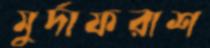
মুর্দাফরাশ